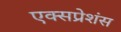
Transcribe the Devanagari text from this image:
एक्सप्रेशंस